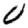
Digit: 0